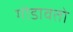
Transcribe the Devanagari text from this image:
गोडावतो